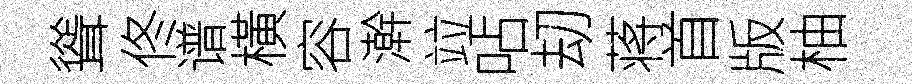
聳佟谱橫容澣竝呫刧蒋首版柚